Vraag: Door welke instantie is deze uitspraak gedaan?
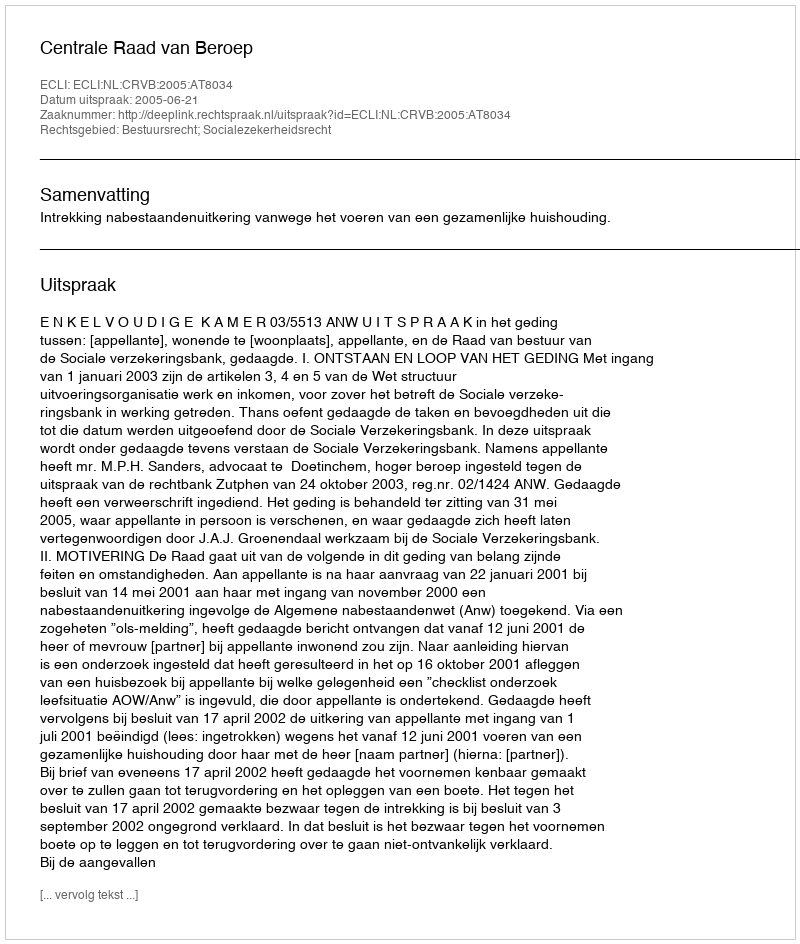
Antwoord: Centrale Raad van Beroep